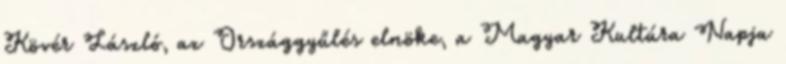
Kövér László, az Országgyűlés elnöke, a Magyar Kultúra Napja